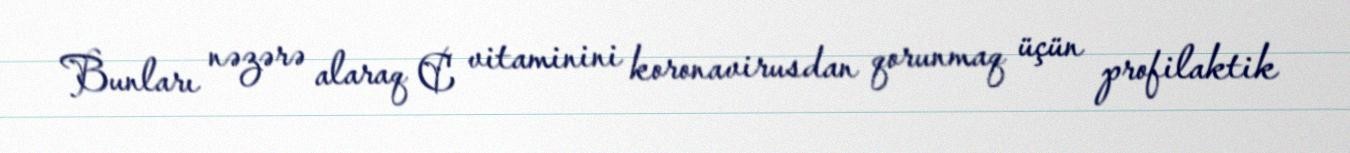
Bunları nəzərə alaraq C vitaminini koronavirusdan qorunmaq üçün profilaktik